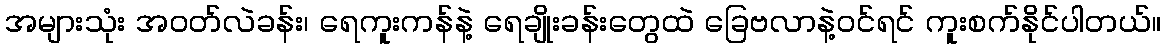
အများသုံး အဝတ်လဲခန်း၊ ရေကူးကန်နဲ့ ရေချိုးခန်းတွေထဲ ခြေဗလာနဲ့ဝင်ရင် ကူးစက်နိုင်ပါတယ်။